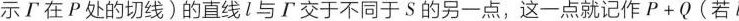
示\tau 在P处的切线)的直线l与\tau 交于不同于S的另一点，这一点就记作$$p + q$$(若